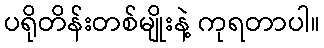
ပရိုတိန်းတစ်မျိုးနဲ့ ကုရတာပါ။